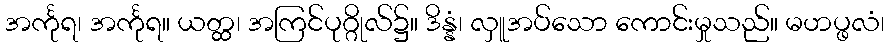
အင်္ကုရ၊ အင်္ကုရ။ ယတ္ထ၊ အကြင်ပုဂ္ဂိုလ်၌။ ဒိန္နံ၊ လှူအပ်သော ကောင်းမှုသည်။ မဟပ္ဖလံ၊